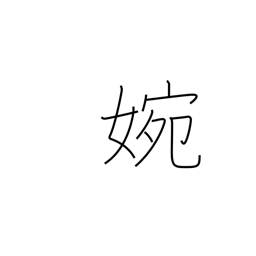
Meaning: graceful